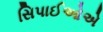
સિપાઈઓએ